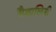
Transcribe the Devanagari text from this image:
वैशालिनी